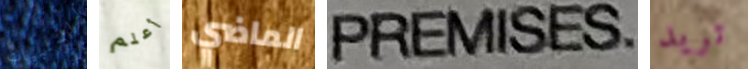
السلبيات أعلم الماضي PREMISES تريد